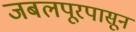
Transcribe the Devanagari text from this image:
जबलपूरपासून